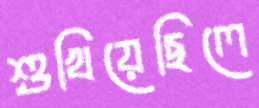
শুখিয়েছিলে